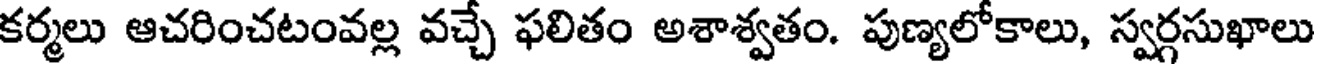
కర్మలు ఆచరించటంవల్ల వచ్చే ఫలితం అశాశ్వతం. పుణ్యలోకాలు, స్వర్గసుఖాలు